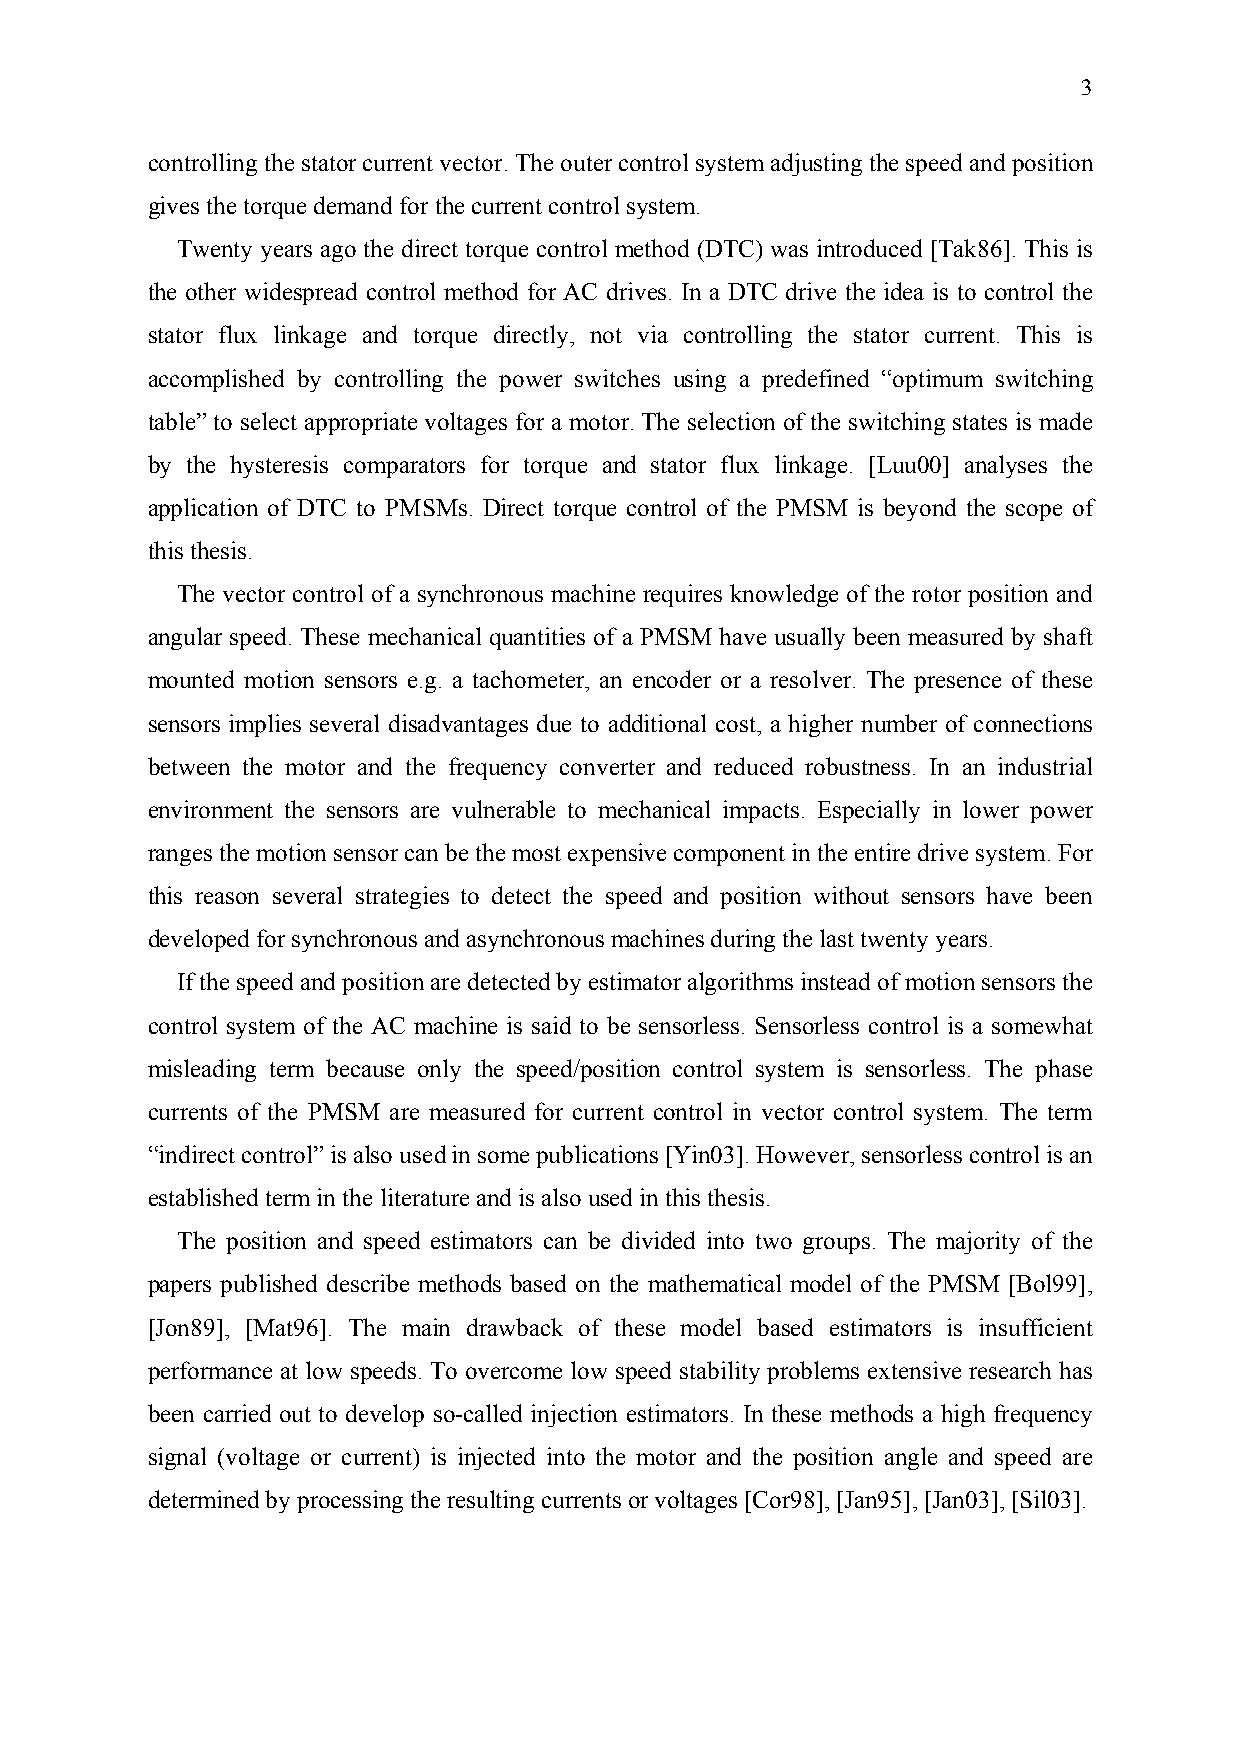
3
 controlling the stator current vector. The outer control system adjusting the speed and position
 gives the torque demand for the current control system.
 Twenty years ago the direct torque control method (DTC) was introduced [Tak86]. This is
 the other widespread control method for AC drives. In a DTC drive the idea is to control the
 stator flux linkage and torque directly, not via controlling the stator current. This is
 accomplished by controlling the power switches using a predefined “optimum switching
 table” to select appropriate voltages for a motor. The selection of the switching states is made
 by the hysteresis comparators for torque and stator flux linkage. [Luu00] analyses the
 application of DTC to PMSMs. Direct torque control of the PMSM is beyond the scope of
 this thesis.
 The vector control of a synchronous machine requires knowledge of the rotor position and
 angular speed. These mechanical quantities of a PMSM have usually been measured by shaft
 mounted motion sensors e.g. a tachometer, an encoder or a resolver. The presence of these
 sensors implies several disadvantages due to additional cost, a higher number of connections
 between the motor and the frequency converter and reduced robustness. In an industrial
 environment the sensors are vulnerable to mechanical impacts. Especially in lower power
 ranges the motion sensor can be the most expensive component in the entire drive system. For
 this reason several strategies to detect the speed and position without sensors have been
 developed for synchronous and asynchronous machines during the last twenty years.
 If the speed and position are detected by estimator algorithms instead of motion sensors the
 control system of the AC machine is said to be sensorless. Sensorless control is a somewhat
 misleading term because only the speed/position control system is sensorless. The phase
 currents of the PMSM are measured for current control in vector control system. The term
 “indirect control” is also used in some publications [Yin03]. However, sensorless control is an
 established term in the literature and is also used in this thesis.
 The position and speed estimators can be divided into two groups. The majority of the
 papers published describe methods based on the mathematical model of the PMSM [Bol99],
 [Jon89], [Mat96]. The main drawback of these model based estimators is insufficient
 performance at low speeds. To overcome low speed stability problems extensive research has
 been carried out to develop so-called injection estimators. In these methods a high frequency
 signal (voltage or current) is injected into the motor and the position angle and speed are
 determined by processing the resulting currents or voltages [Cor98], [Jan95], [Jan03], [Sil03].